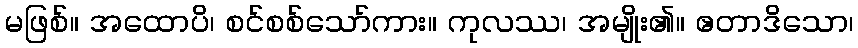
မဖြစ်။ အထောပိ၊ စင်စစ်သော်ကား။ ကုလဿ၊ အမျိုး၏။ ဧတာဒိသော၊